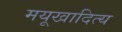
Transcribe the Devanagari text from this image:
मयूखादित्य